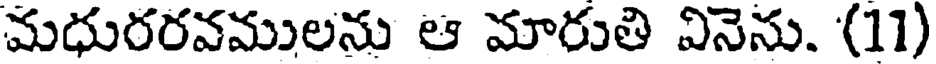
మధురరవములను ఆ మారుతి వినెను. (11)